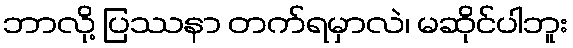
ဘာလို့ ပြဿနာ တက်ရမှာလဲ၊ မဆိုင်ပါဘူး